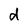
Character: d